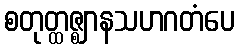
စတုတ္ထဇ္ဈာနသဟဂတံပေ